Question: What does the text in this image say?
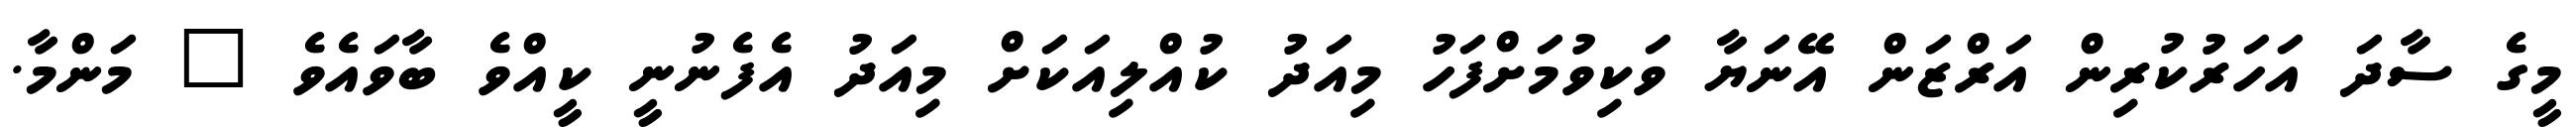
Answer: މީގެ ސާދަ އަހަރުކުރިން އަރްޒަން އޭނަޔާ ވަކިވުމަށްފަހު މިއަދު ކުއްލިއަކަށް މިއަދު އެފެނުނީ ކީއްވެ ބާވައެވެ " މަންމާ.